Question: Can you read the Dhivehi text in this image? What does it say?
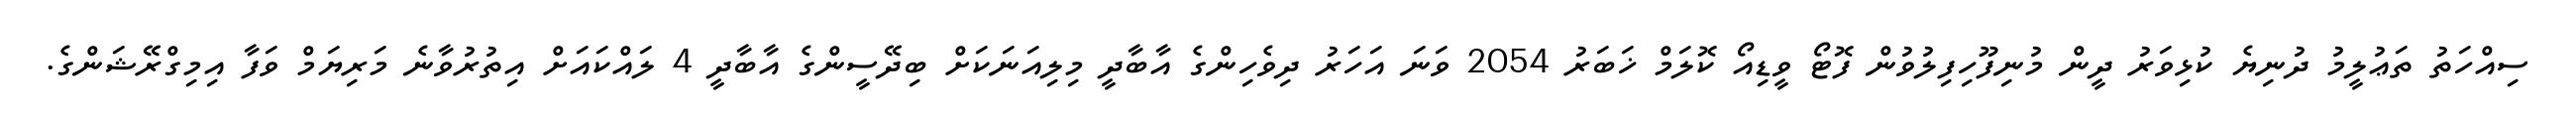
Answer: ސިއްހަތު ތަޢުލީމު ދުނިޔެ ކުޅިވަރު ދީން މުނިފޫހިފިލުވުން ފޮޓޯ ވީޑިއޯ ކޮލަމް ޚަބަރު 2054 ވަނަ އަހަރު ދިވެހިންގެ އާބާދީ މިލިއަނަކަށް ބިދޭސީންގެ އާބާދީ 4 ލައްކައަށް އިތުރުވާނެ މަރިޔަމް ވަފާ އިމިގްރޭޝަންގެ.